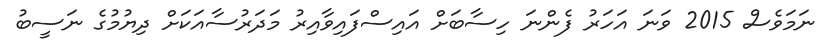
ނަމަވެސް 2015 ވަނަ އަހަރު ފެންނަ ހިސާބަށް އައިސްފައިވާއިރު މަދަރުސާއަކަށް ދިޔުމުގެ ނަސީބު